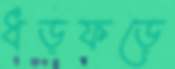
ধড়ফড়ে